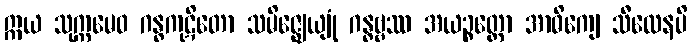
ဣယ သုက္ကမေဝ ဂန္ဓကုဋိတော သမိဇ္ဈေယျုံ ဂန္ဓဗ္ဗဿ အယဉ္စတ္ထော အာဓိကျေ သီလေနပိ